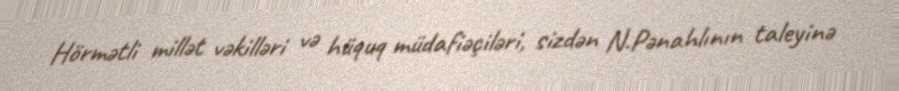
Hörmətli millət vəkilləri və hüquq müdafiəçiləri, sizdən N.Pənahlının taleyinə